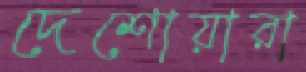
দেশোয়ারা